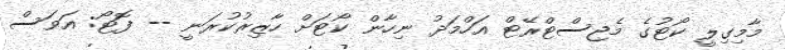
މާމިގިލީ ކޯޓުގެ މެޖިސްޓްރޭޓް އަހްމަދު ނިހާން ކޯޓަށް ހާޒިރުކުރަނީ -- ފޮޓޯ: އަވަސް